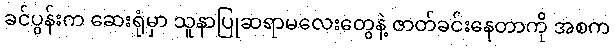
ခင်ပွန်းက ဆေးရုံမှာ သူနာပြုဆရာမလေးတွေနဲ့ ဇာတ်ခင်းနေတာကို အစက